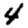
Digit: 4